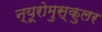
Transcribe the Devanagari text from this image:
न्यूरोमुस्कुलर